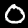
Digit: 0